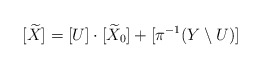
\begin{align*} [\widetilde X] = [U]\cdot [\widetilde X_0] + [\pi^{-1}(Y\setminus U)]\end{align*}